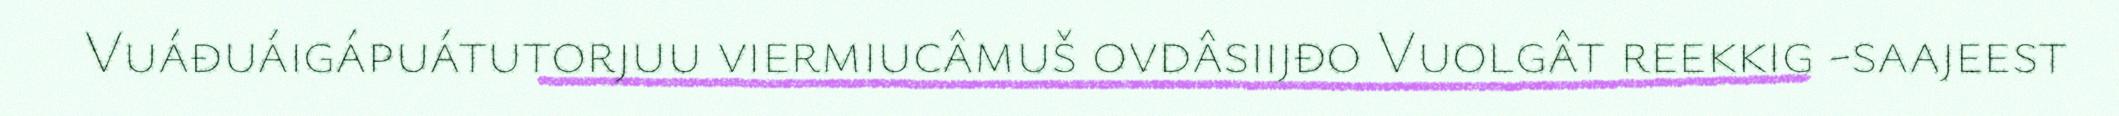
Vuáđuáigápuátutorjuu viermiucâmuš ovdâsiijđo Vuolgât reekkig -saajeest